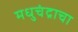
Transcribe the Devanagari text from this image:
मधुचंद्राचा